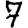
Digit: 7